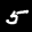
Label: 5